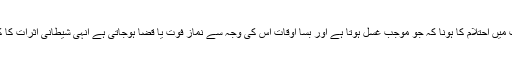
اسی طرح خواب میں احتلام کا ہونا کہ جو موجب غسل ہوتا ہے اور بسا اوقات اس کی وجہ سے نماز فوت یا قضا ہوجاتی ہے انہی شیطانی اثرات کا کرشمہ ہوتا ہے۔